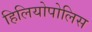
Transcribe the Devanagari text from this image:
हिलियोपोलिस